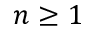
n \geq 1